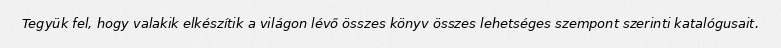
Tegyük fel, hogy valakik elkészítik a világon lévő összes könyv összes lehetséges szempont szerinti katalógusait.